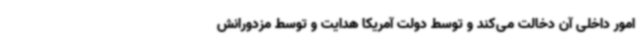
امور داخلی آن دخالت می‌کند و توسط دولت آمریکا هدایت و توسط مزدورانش